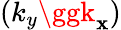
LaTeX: (k_{y}\ggk_{\mathbf{x}})